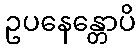
ဥပနေန္တောပိ